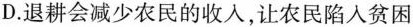
D.退耕会减少农民的收入，让农民陷入贫困